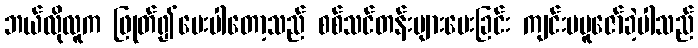
ဘယ်လိုလူက ဖြုတ်၍ပေးပါတော့သည် စစ်သင်တန်းများပေးခြင်း ကျင်းပပူဇော်ခဲ့ပါသည်